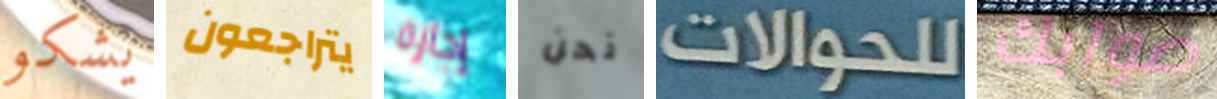
يشكو يتراجعون إجازة نحن للحوالات صوابك